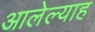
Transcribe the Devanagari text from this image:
आलेल्याह